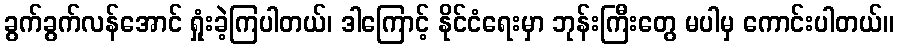
ခွက်ခွက်လန်အောင် ရှုံးခဲ့ကြပါတယ်၊ ဒါကြောင့် နိုင်ငံရေးမှာ ဘုန်းကြီးတွေ မပါမှ ကောင်းပါတယ်။